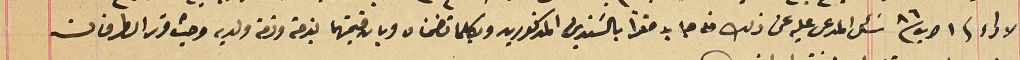
الاداء فى ١ اب /٨٦ سَئل المدعى عليه عن ذلك من جديد مقرًا بالسندين المذكورين وبكلما تضمنان وبان قيمتهما بذمته وذمة ولديه وحيث قرر الطرفان